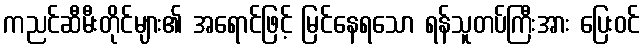
ကညင်ဆီမီးတိုင်များ၏ အရောင်ဖြင့် မြင်နေရသော ရန်သူတပ်ကြီးအား ပြေးဝင်